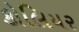
કોલિયર